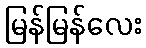
မြန်မြန်လေး